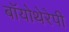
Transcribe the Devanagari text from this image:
बॉयोथेरेपी